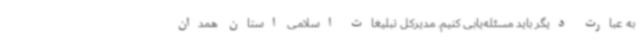
به عبارت دیگر باید مسئله‌یابی کنیم. مدیرکل تبلیغات اسلامی استان همدان